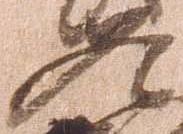
冬